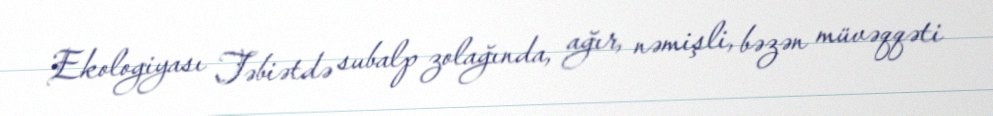
Ekologiyası Təbiətdə subalp zolağında, ağır, nəmişli, bəzən müvəqqəti